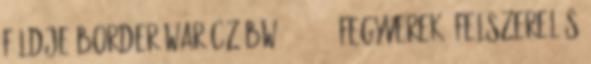
Földje Border War CZ BW10 - 2018 Fegyverek, felszerelés